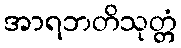
အာရဘတိသုတ္တံ